Vaccine operations Central Provinces & Berar 1922-1929 - 1922-1929
Year: 1922
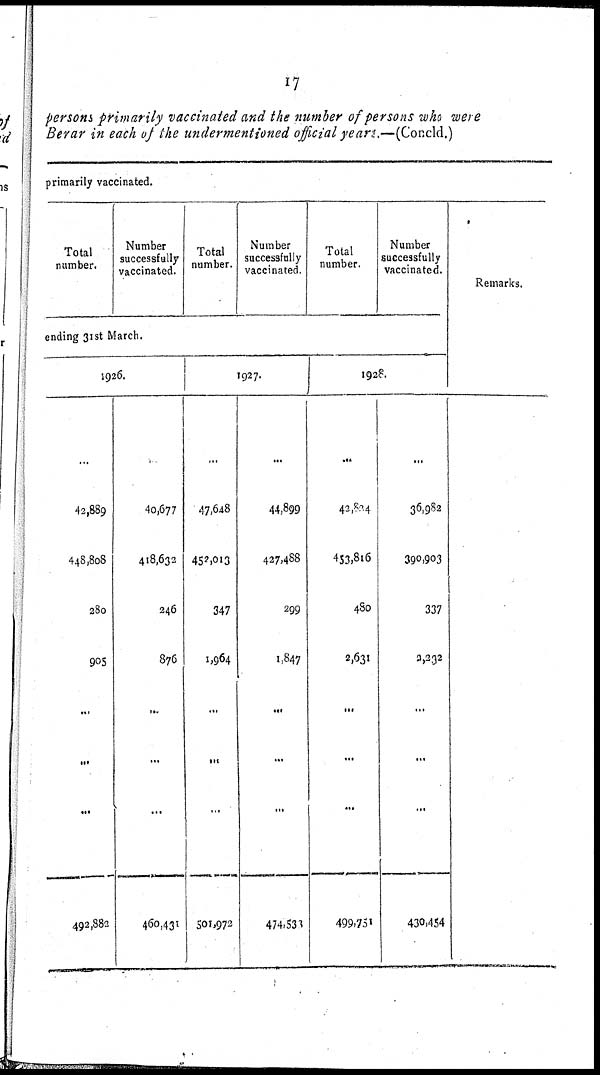
17
persons primarily vaccinated and the number of persons who were
Berar in each of the undermentioned official years.—(Concld.)
primarily vaccinated.
Total
number.
Number
successfully
vaccinated.
Total
number.
Number
successfully
vaccinated.
Total
number.
Number
successfully
vaccinated.
ending 31st March.
1926.
...
42,889
448,808
280
905
...
...
...
492,882
...
40,677
418,632
246
876
...
...
...
460,431
1927.
...
47,648
452,013
347
1,964
...
...
...
501,972
...
44,899
427,488
299
1,847
...
...
...
474,533
1928.
...
43,824
453,816
480
2,631
...
...
...
499,751
...
36,982
390,903
337
2,232
...
...
...
430,454
Remarks.